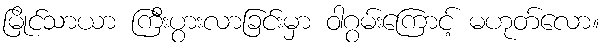
မြိုင်သာယာ ကြီးပွားလာခြင်းမှာ ဝါဂွမ်းကြောင့် မဟုတ်လော။